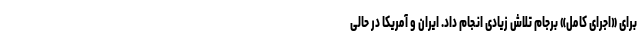
برای «اجرای کامل» برجام تلاش زیادی انجام داد. ایران و آمریکا در حالی